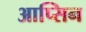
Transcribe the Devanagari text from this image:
आप्सिन